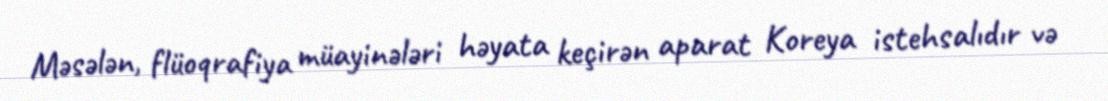
Məsələn, flüoqrafiya müayinələri həyata keçirən aparat Koreya istehsalıdır və